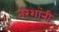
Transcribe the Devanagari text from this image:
नरेशांनी